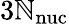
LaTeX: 3\mathbb{N}_{\mathrm{{nuc}}}